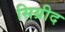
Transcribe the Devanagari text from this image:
सिग्रीद